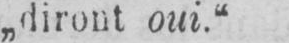
„diront oui.“